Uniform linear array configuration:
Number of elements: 4
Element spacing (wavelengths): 0.5
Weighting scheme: hamming
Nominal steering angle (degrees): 30
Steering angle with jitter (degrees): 31.544
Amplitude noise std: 0.05
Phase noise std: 0.05

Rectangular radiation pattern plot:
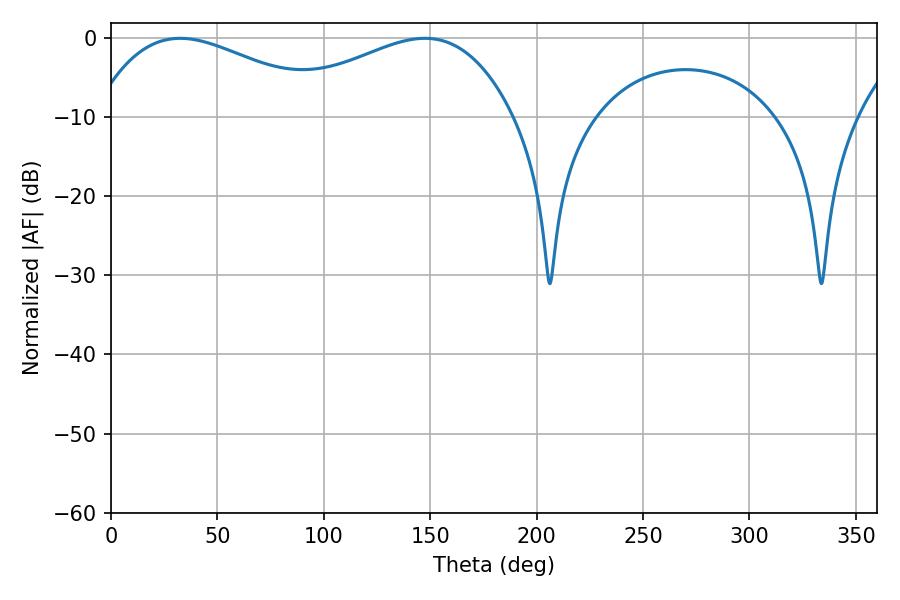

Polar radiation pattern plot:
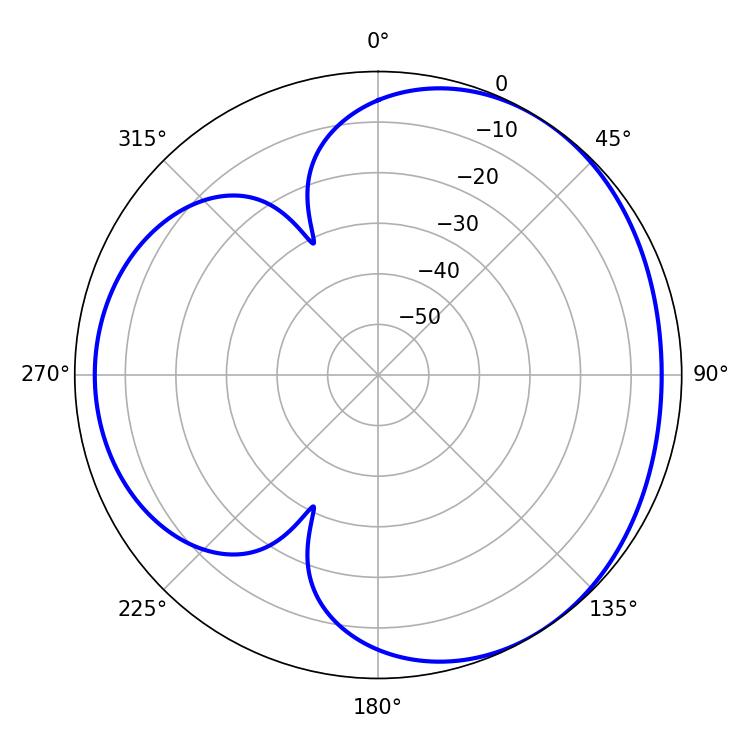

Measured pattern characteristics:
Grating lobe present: FALSE
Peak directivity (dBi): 3.494
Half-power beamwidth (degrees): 62.1
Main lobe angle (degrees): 32.58